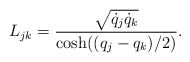
\begin{align*}L_{jk}=\frac{\sqrt{\dot q_{j} \dot q_{k}}}{\cosh((q_{j}-q_{k})/2)}.\end{align*}